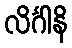
လိင်္ဂါနိ